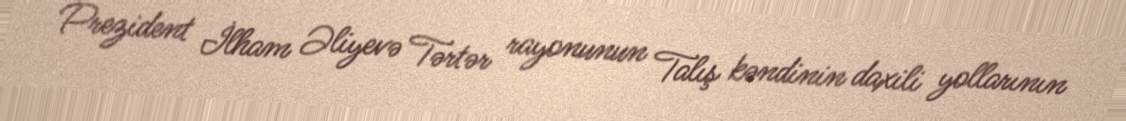
Prezident İlham Əliyevə Tərtər rayonunun Talış kəndinin daxili yollarının